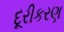
દૂરીકરણ